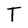
Character: T